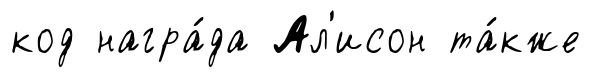
код награ́да Ал'исон та́кже